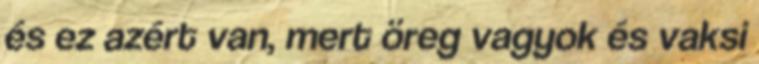
és ez azért van, mert öreg vagyok és vaksi